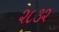
૨૮૩૨